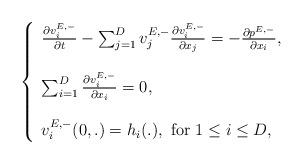
LaTeX: \begin{align*}\left\lbrace \begin{array}{ll}\frac{\partial v^{E,-}_i}{\partial t}-\sum_{j=1}^D v^{E,-}_j\frac{\partial v^{E,-}_i}{\partial x_j}=-\frac{\partial p^{E,-}}{\partial x_i},\\\\\sum_{i=1}^D\frac{\partial v^{E,-}_i}{\partial x_i}=0,\\\\v^{E,-}_i(0,.)=h_i(.),~\mbox{for}~1\leq i\leq D,\end{array}\right.\end{align*}